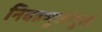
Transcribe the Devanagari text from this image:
निवडणुकांपुरतं